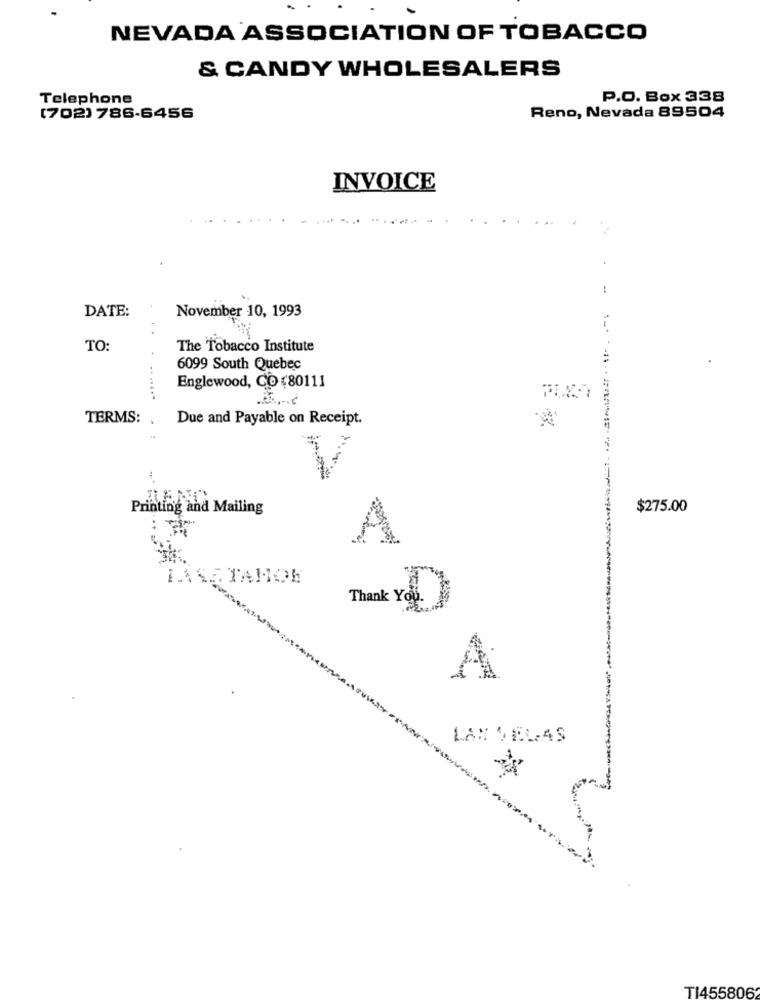
NEVADA ASSOCIATION OF TOBACCO
& CANDY WHOLESALERS
Telephone
P.O. Box 338
(702) 786-6456
Reno, Nevada 89504
INVOICE
DATE:
November 10, 1993
TO:
The Tobacco Institute
6099 South Quebec
Englewood, CO $80111
.. .....
TERMS: .
Due and Payable on Receipt.
Printing and Mailing
$275.00
: T
A
Thank You.
A
LAR SELAS
TI455806